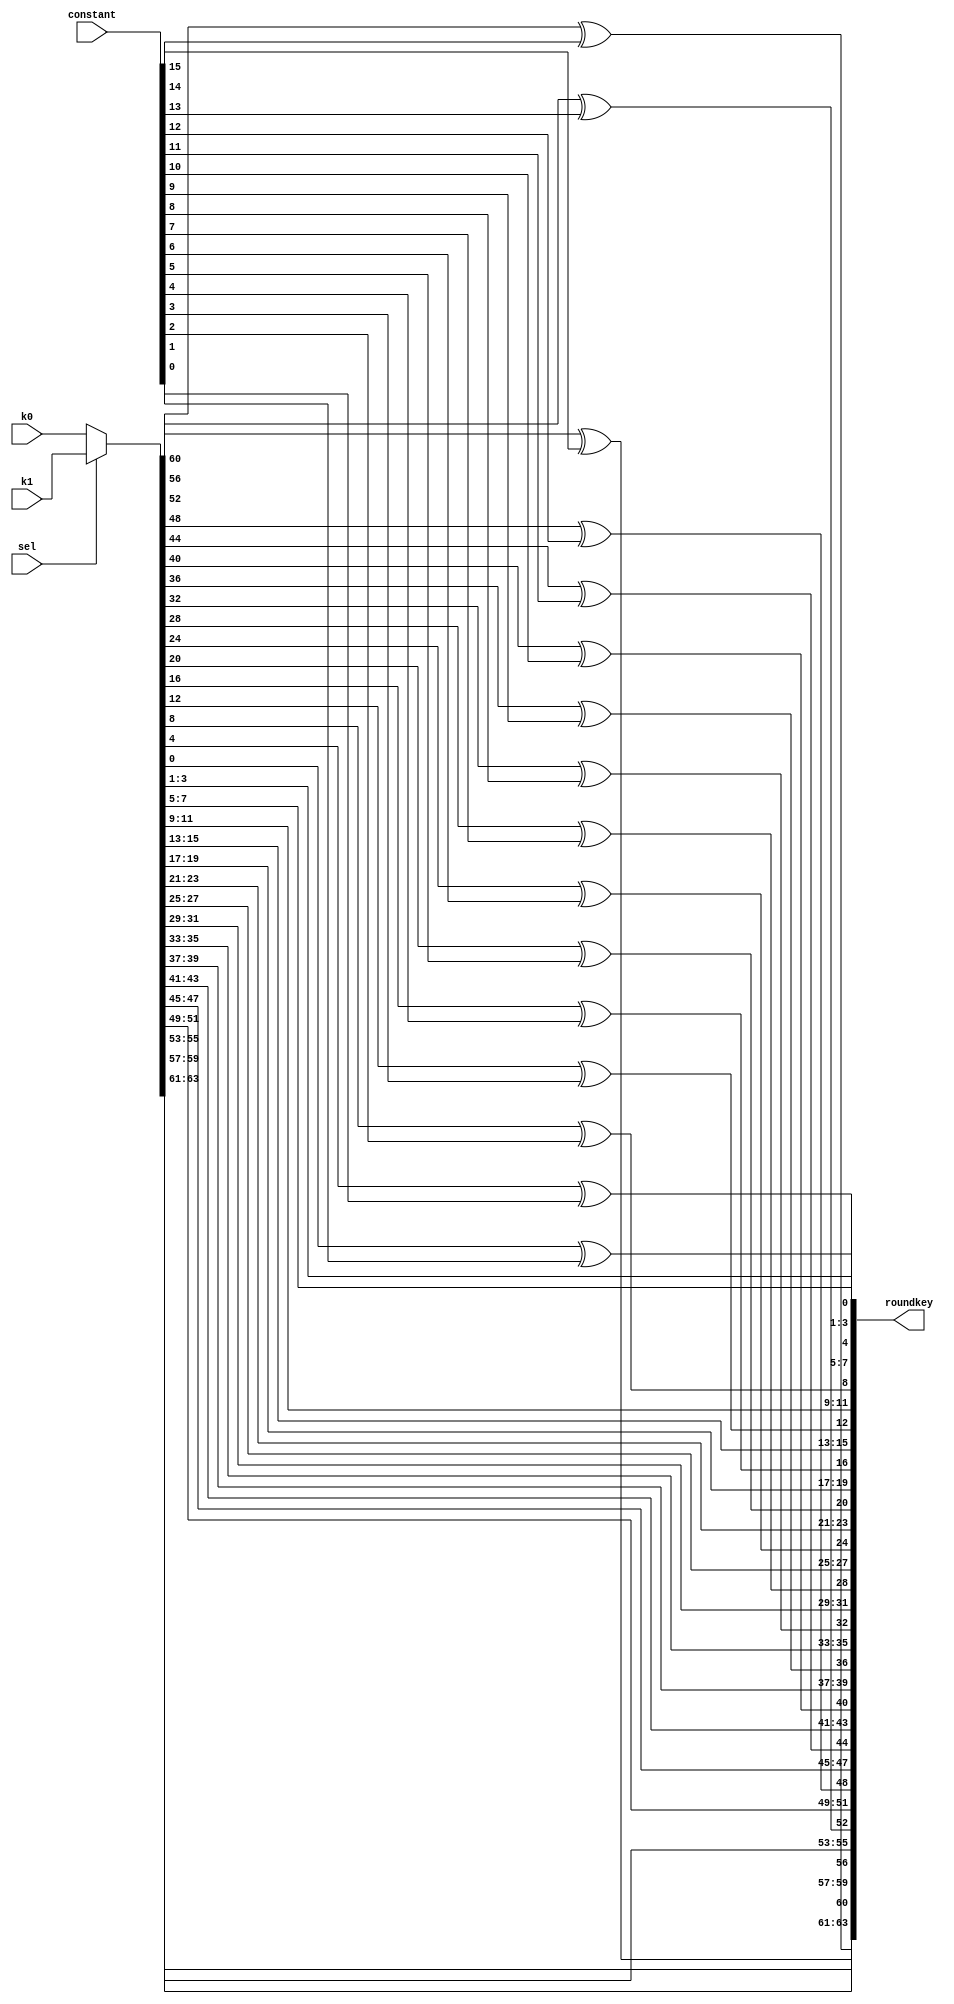

//////////////////////////////////////////////////////////////////////////////////
// Company: 	   COSIC, KU Leuven
// 
// Design Name: 
// Module Name:    round_key 
// Project Name:   TI with Non-Uniform Inputs
// Target Devices: 
// Tool versions: 
// Description: 
//
// Dependencies: 
//
// Revision: 
// Revision 0.01 - File Created
// Additional Comments: 
//
//////////////////////////////////////////////////////////////////////////////////
module round_key(
	input wire [63:0] k0,
	input wire [63:0] k1,
	input wire sel,
	input wire [15:0] constant,
	output wire [63:0] roundkey
);

	wire [63:0] selected_key;
	
	// select the key
	assign selected_key = sel ? k1: k0;
	
	assign roundkey[63:61] = selected_key[63:61];
	assign roundkey[59:57] = selected_key[59:57];
	assign roundkey[55:53] = selected_key[55:53];
	assign roundkey[51:49] = selected_key[51:49];
	assign roundkey[47:45] = selected_key[47:45];
	assign roundkey[43:41] = selected_key[43:41];
	assign roundkey[39:37] = selected_key[39:37];
	assign roundkey[35:33] = selected_key[35:33];
	assign roundkey[31:29] = selected_key[31:29];
	assign roundkey[27:25] = selected_key[27:25];
	assign roundkey[23:21] = selected_key[23:21];
	assign roundkey[19:17] = selected_key[19:17];
	assign roundkey[15:13] = selected_key[15:13];
	assign roundkey[11:9]  = selected_key[11:9] ;
	assign roundkey[7:5]   = selected_key[7:5]  ;
	assign roundkey[3:1]   = selected_key[3:1]  ;
	
	// add round constant
	assign roundkey[60] = selected_key[60] ^ constant[15];
	assign roundkey[56] = selected_key[56] ^ constant[14];
	assign roundkey[52] = selected_key[52] ^ constant[13];
	assign roundkey[48] = selected_key[48] ^ constant[12];
	assign roundkey[44] = selected_key[44] ^ constant[11];
	assign roundkey[40] = selected_key[40] ^ constant[10];
	assign roundkey[36] = selected_key[36] ^ constant[9];
	assign roundkey[32] = selected_key[32] ^ constant[8];
	assign roundkey[28] = selected_key[28] ^ constant[7];
	assign roundkey[24] = selected_key[24] ^ constant[6];
	assign roundkey[20] = selected_key[20] ^ constant[5];
	assign roundkey[16] = selected_key[16] ^ constant[4];
	assign roundkey[12] = selected_key[12] ^ constant[3];
	assign roundkey[8] = selected_key[8] ^ constant[2];
	assign roundkey[4] = selected_key[4] ^ constant[1];
	assign roundkey[0] = selected_key[0] ^ constant[0];

endmodule